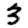
Digit: 3